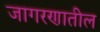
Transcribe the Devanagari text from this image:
जागरणातील